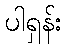
ပါရှန်း